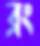
ব্রং